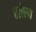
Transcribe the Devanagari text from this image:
खोल्म